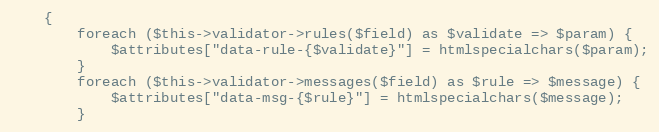
Language: PHP
    {
        foreach ($this->validator->rules($field) as $validate => $param) {
            $attributes["data-rule-{$validate}"] = htmlspecialchars($param);
        }
        foreach ($this->validator->messages($field) as $rule => $message) {
            $attributes["data-msg-{$rule}"] = htmlspecialchars($message);
        }